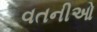
વતનીઓ